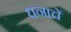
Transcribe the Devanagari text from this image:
धनाचें